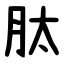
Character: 肽